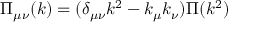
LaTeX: \Pi _ { \mu \nu } ( k ) = ( \delta _ { \mu \nu } k ^ { 2 } - k _ { \mu } k _ { \nu } ) \Pi ( k ^ { 2 } )